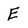
Character: E